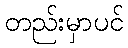
တည်းမှာပင်